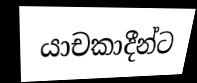
යාචකාදීන්ට